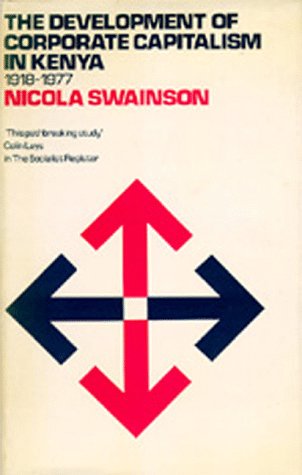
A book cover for The Development of Corporate Capitalism in Kenya, 1918-1977; Nicola Swainson; History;